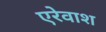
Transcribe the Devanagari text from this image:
एरेवाश